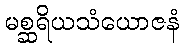
မစ္ဆရိယသံယောဇနံ